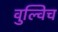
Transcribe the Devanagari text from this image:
वुल्विच